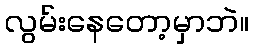
လွမ်းနေတော့မှာဘဲ။